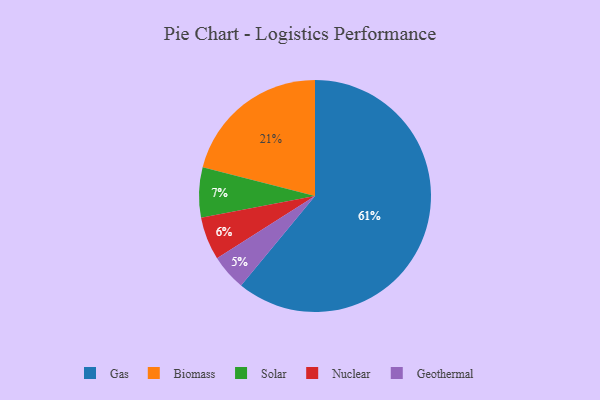
{"axis": {"x": "Category", "y": "Percentage"}, "legend": ["Biomass", "Gas", "Geothermal", "Nuclear", "Solar"], "data": [{"x": "Nuclear", "y": 6, "type": "Nuclear"}, {"x": "Geothermal", "y": 5, "type": "Geothermal"}, {"x": "Biomass", "y": 21, "type": "Biomass"}, {"x": "Gas", "y": 61, "type": "Gas"}, {"x": "Solar", "y": 7, "type": "Solar"}]}